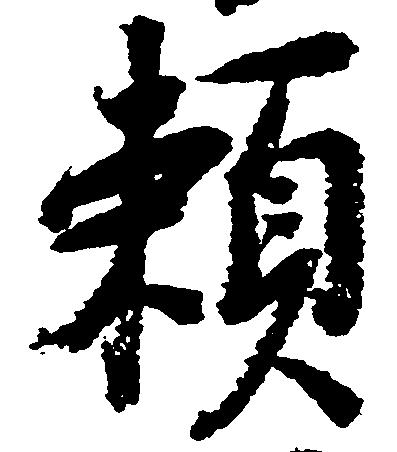
頼